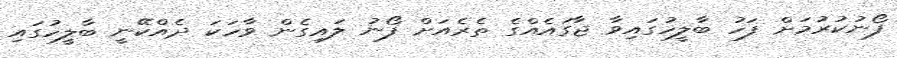
ފޯނުކުރުމަށް ފަހު ބާލީހުގައިވާ ޖާގައެއްގެ ތެރެއަށް ފޯނު ލައިގެން ވާހަކަ ދެއްކޭނީ ބާލީހުގައި